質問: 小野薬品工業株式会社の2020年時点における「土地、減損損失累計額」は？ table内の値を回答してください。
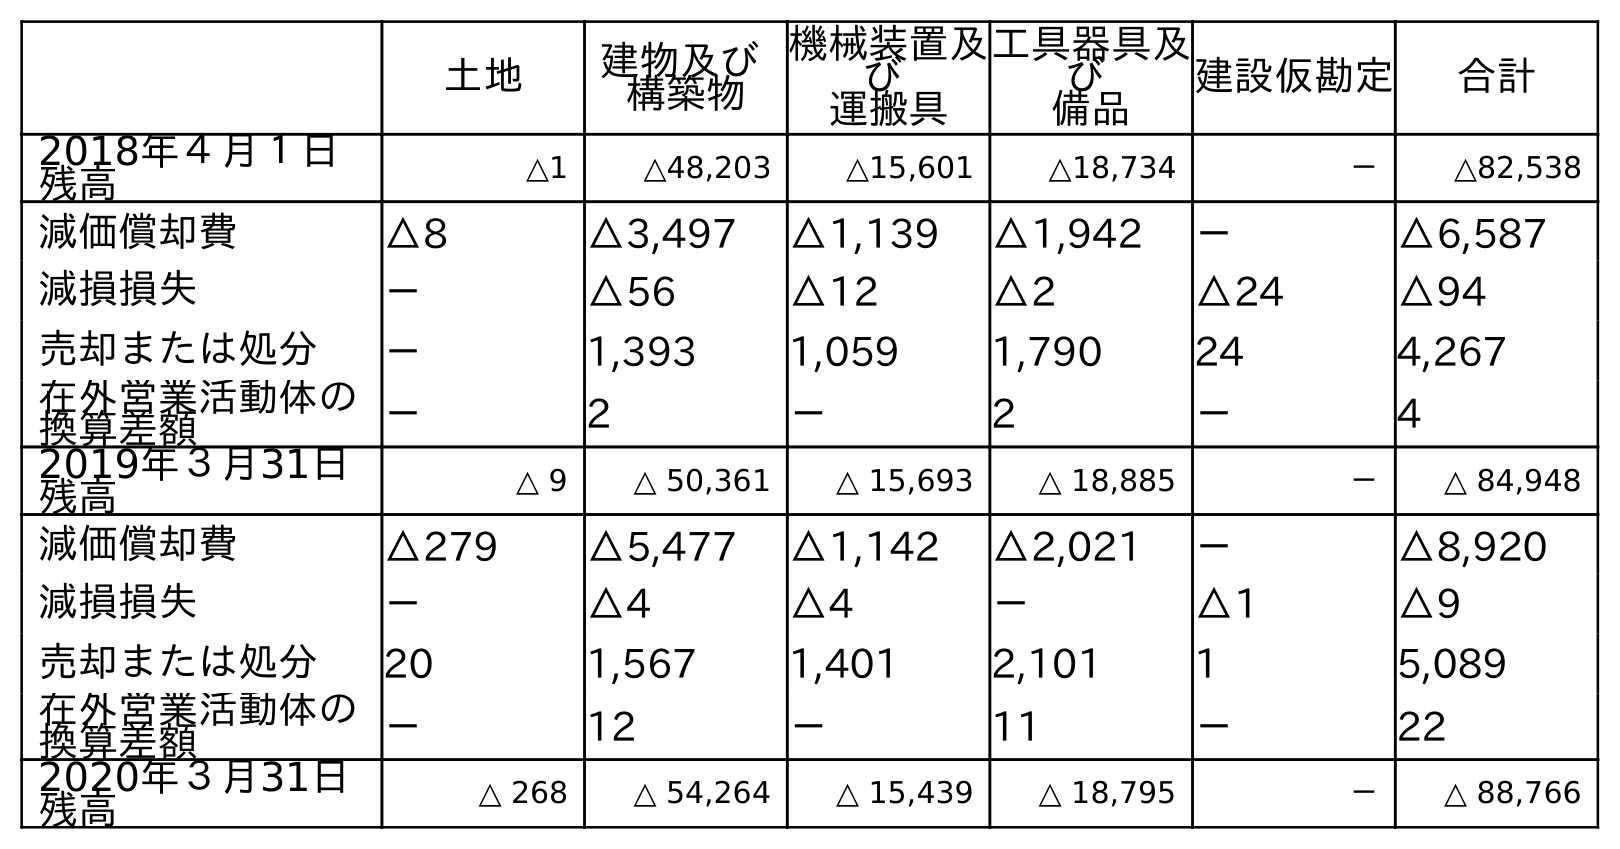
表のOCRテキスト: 土地 建物及び 構築物 機械装置及 び 運搬具 工具器具及 び 備品 建設仮勘定 合計 2018年４月１日 残高 △1 △48,203 △15,601 △18,734 － △82,538 減価償却費 △8 △3,497 △1,139 △1,942 － △6,587 減損損失 － △56 △12 △2 △24 △94 売却または処分 － 1,393 1,059 1,790 24 4,267 在外営業活動体の 換算差額 － 2 － 2 － 4 2019年３月31日 残高 △ 9 △ 50,361 △ 15,693 △ 18,885 － △ 84,948 減価償却費 △279 △5,477 △1,142 △2,021 － △8,920 減損損失 － △4 △4 － △1 △9 売却または処分 20 1,567 1,401 2,101 1 5,089 在外営業活動体の 換算差額 － 12 － 11 － 22 2020年３月31日 残高 △ 268 △ 54,264 △ 15,439 △ 18,795 － △ 88,766
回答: △268